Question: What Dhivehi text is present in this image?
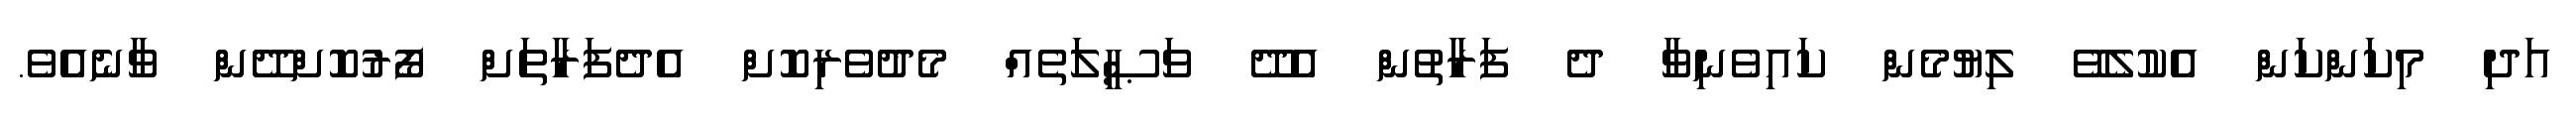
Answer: އަދި މިކަންކަން އެކުލެވޭ ލިޔުމެން ކައިވެނިވާ ދެ ފަރާތުން އެދޭ ވަޞީލަތެއް މެދުވެރިކޮށް އެދެފަރާތަށް ފޯރުކޮށްދޭން ވާނެއެވެ.